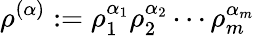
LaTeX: \rho^{(\alpha)}:=\rho_{1}^{\alpha_{1}}\rho_{2}^{\alpha_{2}}\dotsm\rho_{m}^{\alpha_{m}}